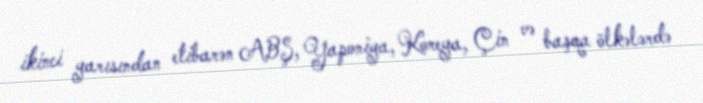
ikinci yarısından etibarən ABŞ, Yaponiya, Koreya, Çin və başqa ölkələrdə